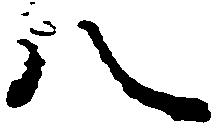
八